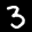
Digit: 3